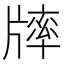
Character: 𤗪